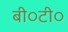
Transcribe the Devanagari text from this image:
बी०टी०